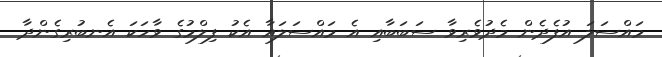
މައްސަލަ އުފެދެން މެދުވެރިވާ ސަބަބާއި އެ މައްސަލައާ އެކު ފިލްމުގެ ވާހަކަ އެނބުރިގެންދާ